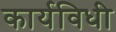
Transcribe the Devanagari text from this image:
कार्यविधी